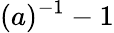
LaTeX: (a)^{-1}-1